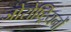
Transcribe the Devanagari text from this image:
जोरोष्ट्रियनों